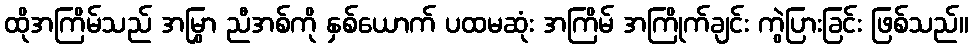
ထိုအကြိမ်သည် အမြွှာ ညီအစ်ကို နှစ်ယောက် ပထမဆုံး အကြိမ် အကြိုက်ချင်း ကွဲပြားခြင်း ဖြစ်သည်။